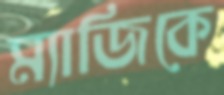
ম্যাজিকে